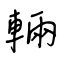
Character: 輛